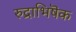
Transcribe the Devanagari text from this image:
रुद्राभिषॆक